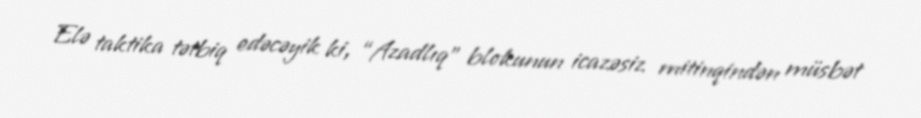
Elə taktika tətbiq edəcəyik ki, “Azadlıq” blokunun icazəsiz mitinqindən müsbət